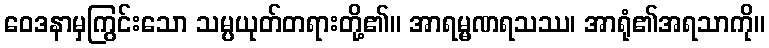
ဝေဒနာမှကြွင်းသော သမ္ပယုတ်တရားတို့၏။ အာရမ္မဏရသဿ၊ အာရုံ၏အရသာကို။